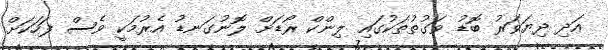
އަދި ދިޔަވަރު ބޮޑު ވަގުތުތަކުގައި ލިންކް ރޯޑަށް ލޮނުގަނޑު އެރުމަކީ ވެސް ފަހަކަށް